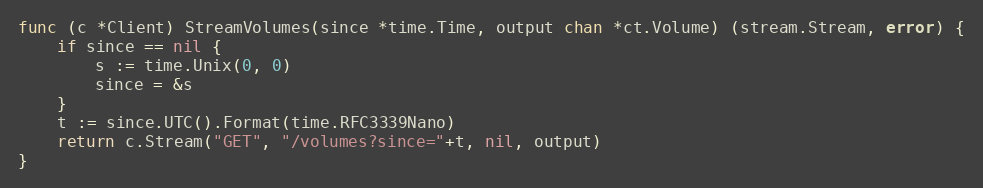
Language: Go
func (c *Client) StreamVolumes(since *time.Time, output chan *ct.Volume) (stream.Stream, error) {
	if since == nil {
		s := time.Unix(0, 0)
		since = &s
	}
	t := since.UTC().Format(time.RFC3339Nano)
	return c.Stream("GET", "/volumes?since="+t, nil, output)
}